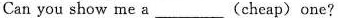
Can you show me a___(cheap) one?